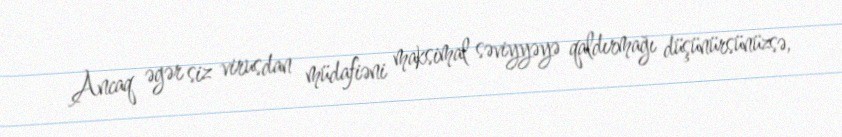
Ancaq əgər siz virusdan müdafiəni maksimal səviyyəyə qaldırmağı düşünürsünüzsə,